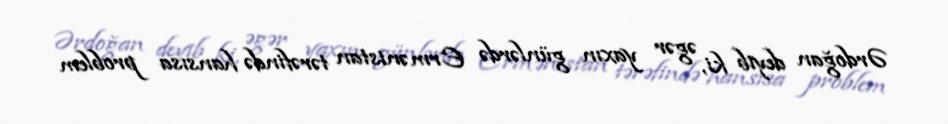
Ərdoğan deyib ki, əgər yaxın günlərdə Ermənistan tərəfində hansısa problem